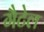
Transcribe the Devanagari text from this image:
गैटेल